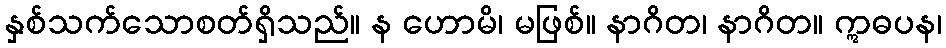
နှစ်သက်သောစတ်ရှိသည်။ န ဟောမိ၊ မဖြစ်။ နာဂိတ၊ နာဂိတ။ ဣဓပန၊